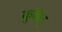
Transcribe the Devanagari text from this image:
कुवेत्